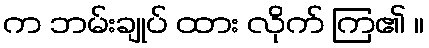
က ဘမ်းချုပ် ထား လိုက် ကြ၏ ။